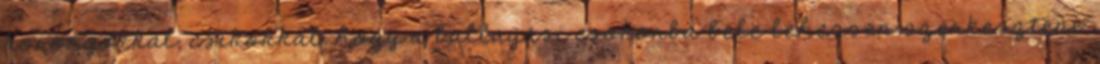
korongokkal, csíkokkal, hogy a ballagási csokorba bele lehessen szerkeszteni.